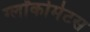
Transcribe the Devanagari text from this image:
ग्लॉकोमेटस